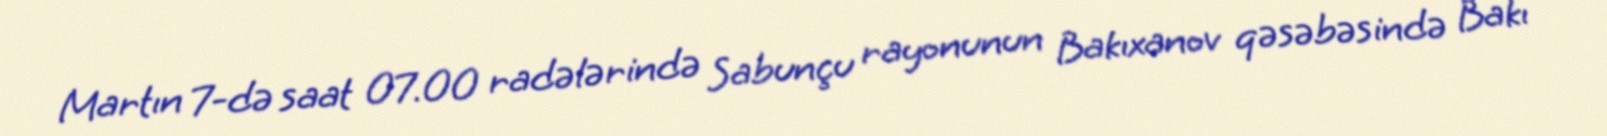
Martın 7-də saat 07.00 radələrində Sabunçu rayonunun Bakıxanov qəsəbəsində Bakı